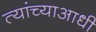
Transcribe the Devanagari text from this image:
त्यांच्याआधी